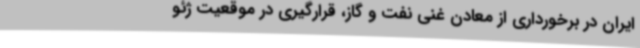
ایران در برخورداری از معادن غنی نفت و گاز، قرارگیری در موقعیت ژئو